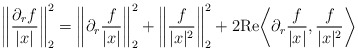
\begin{align*}\bigg\| \frac{\partial_rf}{|x|} \bigg\|_{2}^2 = \bigg\|\partial_r \frac{f}{|x|} \bigg\|_{2}^2 + \bigg\| \frac{f}{|x|^2} \bigg\|_{2}^2 + 2\mathrm{Re} \bigg\langle \partial_r \frac{f}{|x|}, \frac{f}{|x|^2} \bigg\rangle\end{align*}